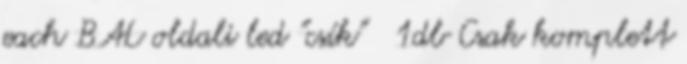
each BAL oldali led "csík" 1db Csak komplett